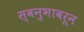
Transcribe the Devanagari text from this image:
स्वनुभावरून